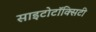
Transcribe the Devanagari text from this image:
साइटोटॉक्सिटी